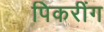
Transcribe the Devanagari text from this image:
पिकरींग